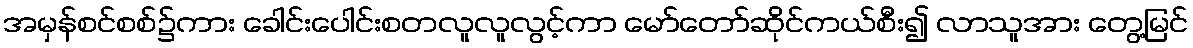
အမှန်စင်စစ်၌ကား ခေါင်းပေါင်းစတလူလူလွင့်ကာ မော်တော်ဆိုင်ကယ်စီး၍ လာသူအား တွေ့မြင်